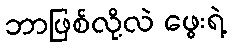
ဘာဖြစ်လို့လဲ ဖွေးရဲ့